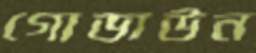
গোডাউন